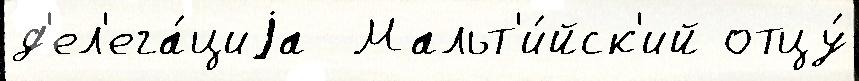
д'ел'ега́циjа  Мальт'и́йск'ий отцу́